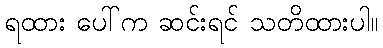
ရထား ပေါ်က ဆင်းရင် သတိထားပါ။